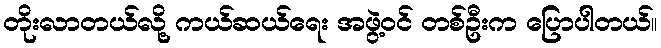
တိုးလာတယ်လို့ ကယ်ဆယ်ရေး အဖွဲ့ဝင် တစ်ဦးက ပြောပါတယ်။